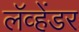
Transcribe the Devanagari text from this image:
लॅव्हेंडर